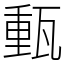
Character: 𤭮